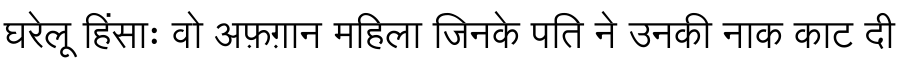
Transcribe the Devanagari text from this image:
घरेलू हिंसाः वो अफ़ग़ान महिला जिनके पति ने उनकी नाक काट दी